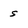
Character: s